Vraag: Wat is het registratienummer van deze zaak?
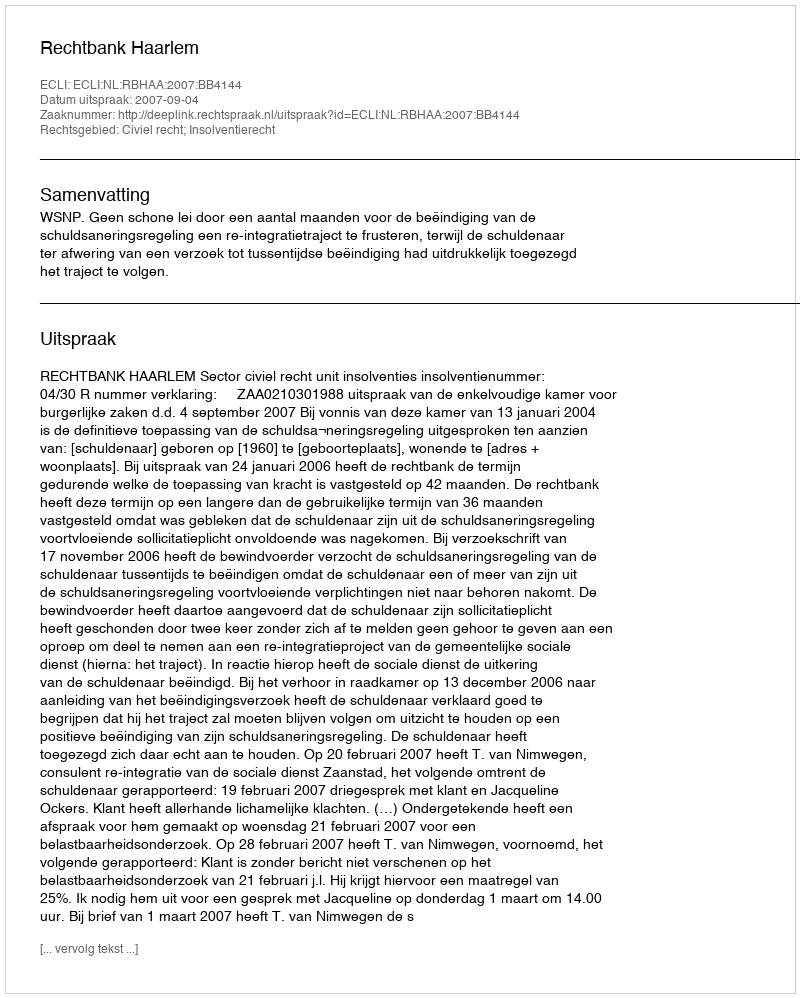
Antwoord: http://deeplink.rechtspraak.nl/uitspraak?id=ECLI:NL:RBHAA:2007:BB4144